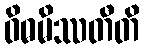
ဝိဓမိဿတီတိ